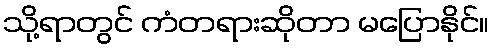
သို့ရာတွင် ကံတရားဆိုတာ မပြောနိုင်။